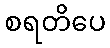
စရတိပေ